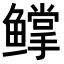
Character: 𬶰